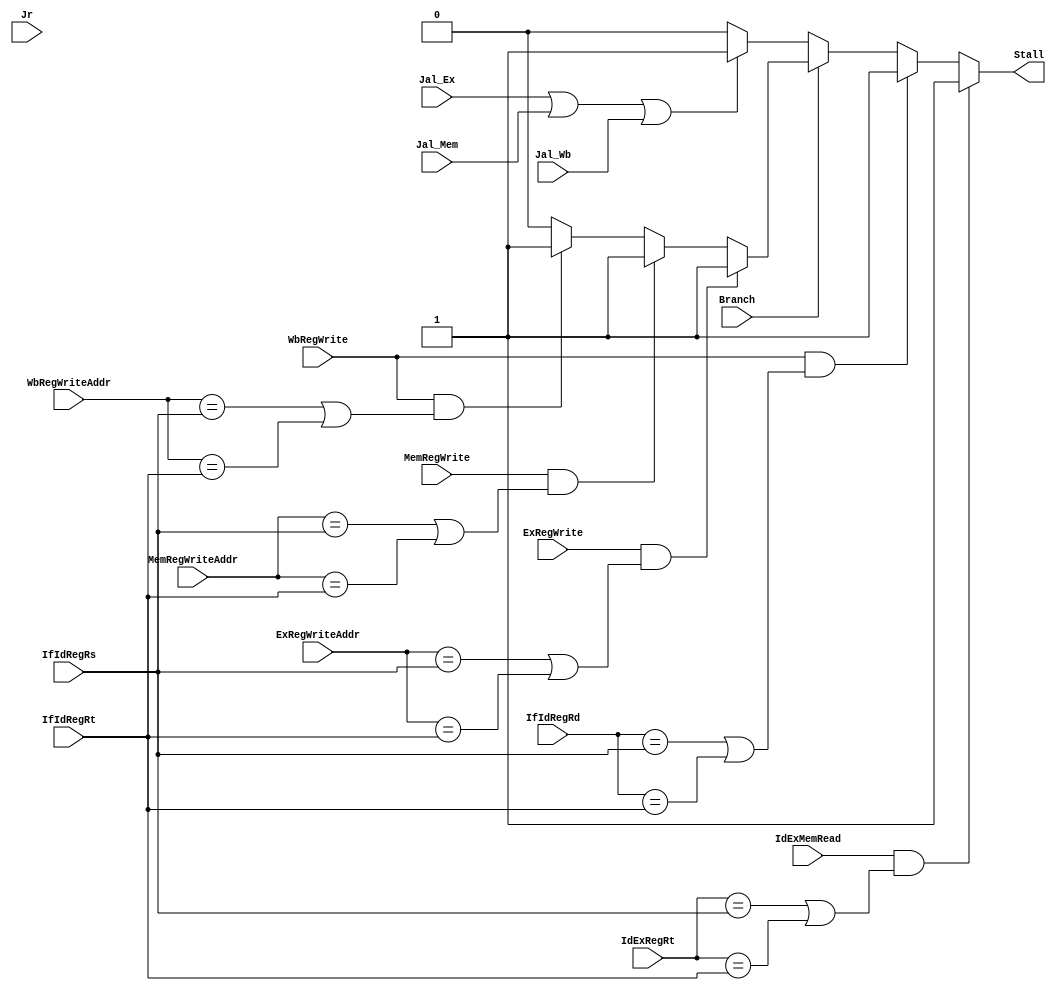
module HazardDetectionUnit(
	IdExMemRead,
	IdExRegRt,
	IfIdRegRt,
	IfIdRegRs,
	IfIdRegRd,
	
	Branch,
	Jr,
	Jal_Ex, Jal_Mem, Jal_Wb,
	ExRegWrite,
	ExRegWriteAddr,
	MemRegWrite,
	MemRegWriteAddr,
	WbRegWrite,
	WbRegWriteAddr,
	
	Stall
);
input IdExMemRead;
input [4:0] IdExRegRt, IfIdRegRt, IfIdRegRs, IfIdRegRd;

input Branch, Jr, Jal_Ex, Jal_Mem, Jal_Wb;
input ExRegWrite,MemRegWrite,WbRegWrite;
input [4:0] ExRegWriteAddr,MemRegWriteAddr,WbRegWriteAddr;

output Stall;


reg Counter_r, Counter_w;
reg Stall_out;

assign Stall = Stall_out;
	
always@(*) begin	
	if( IdExMemRead && ((IdExRegRt == IfIdRegRs) || (IdExRegRt == IfIdRegRt)))begin	// data hazard
		Stall_out = 1;
	end else if(WbRegWrite && ((IfIdRegRd == IfIdRegRs) || (IfIdRegRd == IfIdRegRt))) begin
		Stall_out = 1;
	end else if(Branch) begin	// branch hazard
		if( ExRegWrite && ((ExRegWriteAddr == IfIdRegRs) || (ExRegWriteAddr == IfIdRegRt)))begin
			Stall_out = 1;
		end else if( MemRegWrite && ((MemRegWriteAddr == IfIdRegRs) || (MemRegWriteAddr == IfIdRegRt)))begin
			Stall_out = 1;
		end else if( WbRegWrite && ((WbRegWriteAddr == IfIdRegRs) || (WbRegWriteAddr == IfIdRegRt)))begin
			Stall_out = 1;
		end else begin
			Stall_out = 0;
		end
	end else if(Jal_Ex | Jal_Mem | Jal_Wb)begin
			Stall_out = 1;
	end else begin
			Stall_out = 0;
	end

end

endmodule